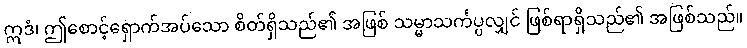
ဣဒံ၊ ဤစောင့်ရှောက်အပ်သော စိတ်ရှိသည်၏ အဖြစ် သမ္မာသင်္ကပ္ပလျှင် ဖြစ်ရာရှိသည်၏ အဖြစ်သည်။